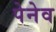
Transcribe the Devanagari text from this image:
पेनेव